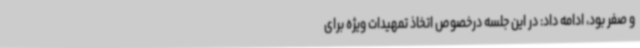
و صفر بود، ادامه داد: در این جلسه درخصوص اتخاذ تمهیدات ویژه برای